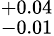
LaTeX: ^{+0.04}_{-0.01}